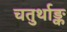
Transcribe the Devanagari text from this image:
चतुर्थाङ्क